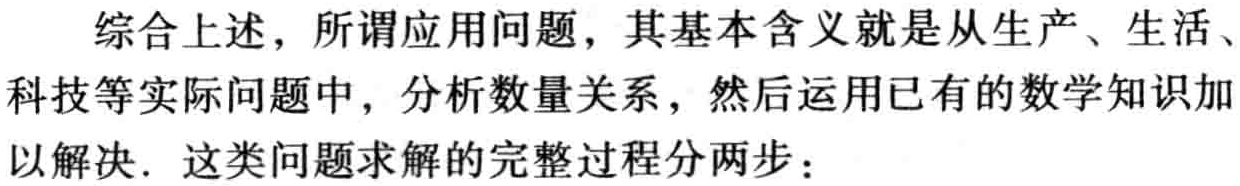
综合上述，所谓应用问题，其基本含义就是从生产、生活、科技等实际问题中，分析数量关系，然后运用已有的数学知识加以解决. 这类问题求解的完整过程分两步：